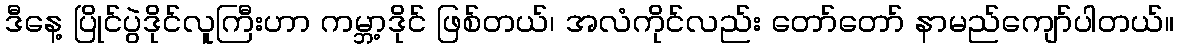
ဒီနေ့ ပြိုင်ပွဲဒိုင်လူကြီးဟာ ကမ္ဘာ့ဒိုင် ဖြစ်တယ်၊ အလံကိုင်လည်း တော်တော် နာမည်ကျော်ပါတယ်။